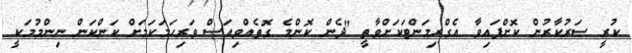
ކުރީ ސަރުކާރުން ކޮށްފައިވާ އެގްރިމަންޓަކަށްވާތީ "ދެން ކޮންމެ ގޮތެއްވިއަސް ވަރިހަމަކަމަށް ކަންކަން ނިންމުމަކީ